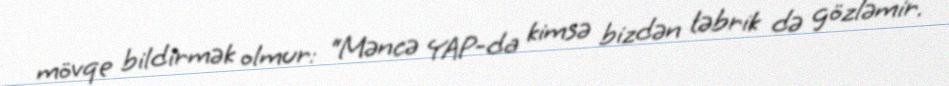
mövqe bildirmək olmur: “Məncə YAP-da kimsə bizdən təbrik də gözləmir.